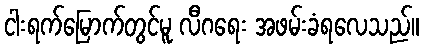
ငါးရက်မြောက်တွင်မူ လီဂရေး အဖမ်းခံရလေသည်။